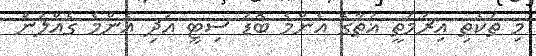
މި ތަކެތި އިރުމަތީ ޣުތާގެ އެންމެ ބޮޑު ސިޓީ އަދި އެންމެ ގެއްލުން